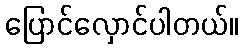
ပြောင်လှောင်ပါတယ်။